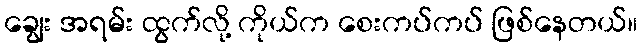
ချွေး အရမ်း ထွက်လို့ ကိုယ်က စေးကပ်ကပ် ဖြစ်နေတယ်။